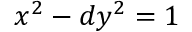
x ^ { 2 } - d y ^ { 2 } = 1